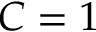
C = 1